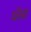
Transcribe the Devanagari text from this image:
धॅसा